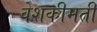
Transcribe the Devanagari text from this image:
वेशकीमती